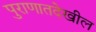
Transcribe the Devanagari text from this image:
पुराणातदेखील